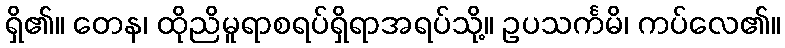
ရှိ၏။ တေန၊ ထိုညိမူရာစရပ်ရှိရာအရပ်သို့။ ဥပသင်္ကမိ၊ ကပ်လေ၏။